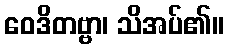
ဝေဒိတဗ္ဗာ၊ သိအပ်၏။